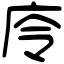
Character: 㡵